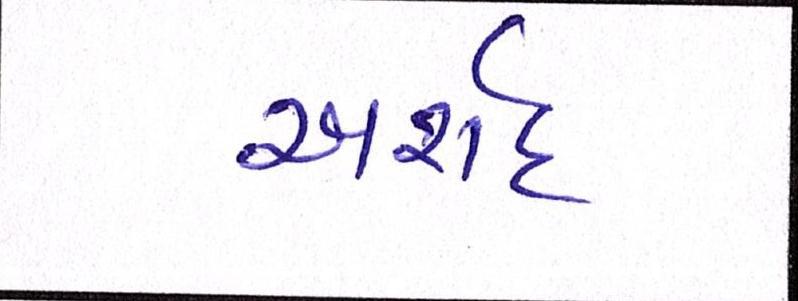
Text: અર્શદ